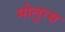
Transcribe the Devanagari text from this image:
मोलुरस